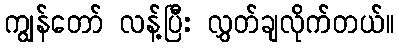
ကျွန်တော် လန့်ပြီး လွှတ်ချလိုက်တယ်။